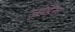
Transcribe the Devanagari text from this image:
जोंड़ेरा